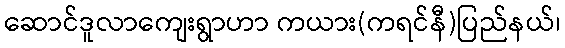
ဆောင်ဒူလာကျေးရွာဟာ ကယား(ကရင်နီ)ပြည်နယ်၊